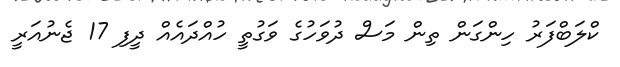
ކްލަބްފަރު ހިންގަން ތިން މަސް ދުވަހުގެ ވަގުތީ ހުއްދައެއް ދީފި 17 ޖެނުއަރީ